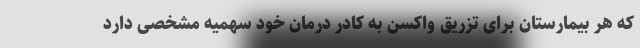
که هر بیمارستان برای تزریق واکسن به کادر درمان خود سهمیه مشخصی دارد